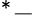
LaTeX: ^*-